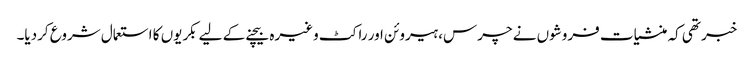
خبر تھی کہ منشیات فروشوں نے چرس، ہیروئن اور راکٹ وغیرہ بیچنے کے لیے بکریوں کا استعمال شروع کردیا۔